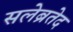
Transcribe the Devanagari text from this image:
सलेब्रतेद